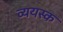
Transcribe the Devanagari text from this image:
व्ययस्क